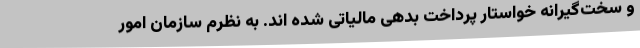
و سخت‌گیرانه خواستار پرداخت بدهی مالیاتی شده اند. به نظرم سازمان امور